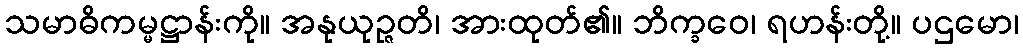
သမာဓိကမ္မဋ္ဌာန်းကို။ အနုယုဉ္ဇတိ၊ အားထုတ်၏။ ဘိက္ခဝေ၊ ရဟန်းတို့။ ပဌမော၊